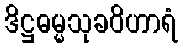
ဒိဋ္ဌဓမ္မသုခဝိဟာရံ